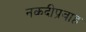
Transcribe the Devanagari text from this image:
नकदीप्रवाह